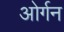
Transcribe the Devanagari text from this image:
ओर्गन